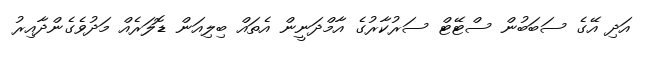
އަދި އޭގެ ސަބަބުން ސްޓޭޓް ސަރުކާރުގެ އާމްދަނީން އެތައް ބިލިއަން ޑޮލަރެއް މަދުވެގެންދާއިރު